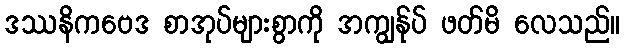
ဒဿနိကဗေဒ စာအုပ်များစွာကို အကျွန်ုပ် ဖတ်မိ လေသည်။